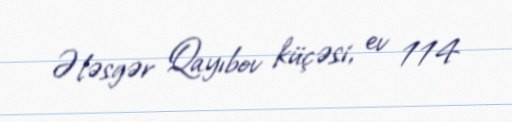
Ələsgər Qayıbov küçəsi, ev 114